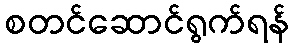
စတင်ဆောင်ရွက်ရန်